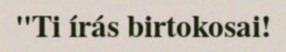
"Ti írás birtokosai!